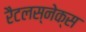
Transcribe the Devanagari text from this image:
रैटलस्नेक्स